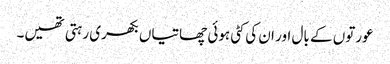
عورتوں کے بال اور ان کی کٹی ہوئی چھاتیاں بکھری رہتی تھیں۔